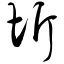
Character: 圻